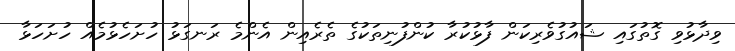
ވިދާޅުވި ގޮތުގައި ޝައުގުވެރިކަން ފާޅުކުރާ ކުންފުނިތަކުގެ ތެރެއިން އެންމެ ރަނގަޅު ހުށަހެޅުމެއް ހުށަހަޅާ